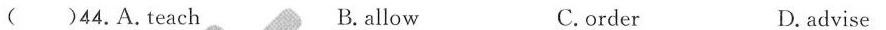
( )44.A.Teach B. allow C.order D. advise